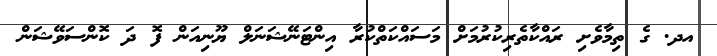
އދ. ގެ ތިމާވެށި ރައްކާތެރިކުރުމަށް މަސައްކަތްކުރާ އިންޓަނޭޝަނަލް ޔޫނިއަން ފޮ ދަ ކޮންސަވޭޝަން